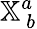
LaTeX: \mathbb{X}_{~b}^{a}